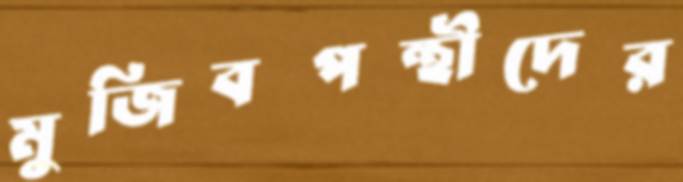
মুজিবপন্থীদের